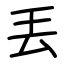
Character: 丟